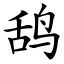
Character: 鸹